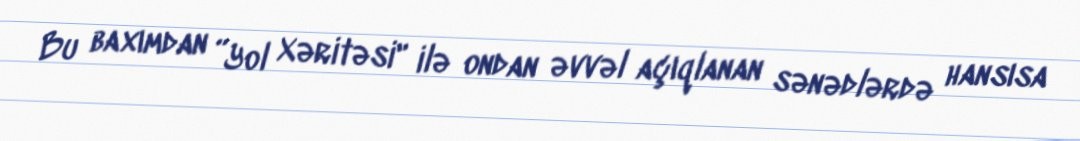
Bu baxımdan ”Yol Xəritəsi" ilə ondan əvvəl açıqlanan sənədlərdə hansısa